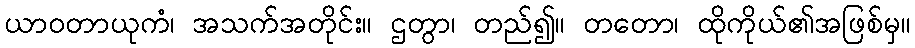
ယာဝတာယုကံ၊ အသက်အတိုင်း။ ဌတွာ၊ တည်၍။ တတော၊ ထိုကိုယ်၏အဖြစ်မှ။